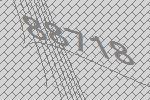
88718